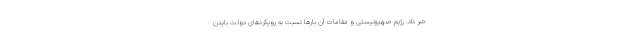
خبر داد. رژیم صهیونیستی و مقامات آن بارها نسبت به رویکردهای دولت بایدن